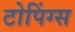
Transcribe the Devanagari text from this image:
टोपिंग्स